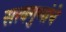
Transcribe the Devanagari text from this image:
सत्त्वगुणांचे